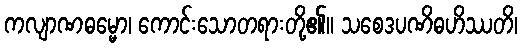
ကလျာဏဓမ္မော၊ ကောင်းသောတရားတို့၏။ သစေဒပဏိဓဟိဿတိ၊